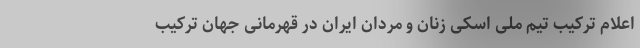
اعلام ترکیب تیم ملی اسکی زنان و مردان ایران در قهرمانی جهان ترکیب